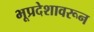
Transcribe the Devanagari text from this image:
भूप्रदेशावरून